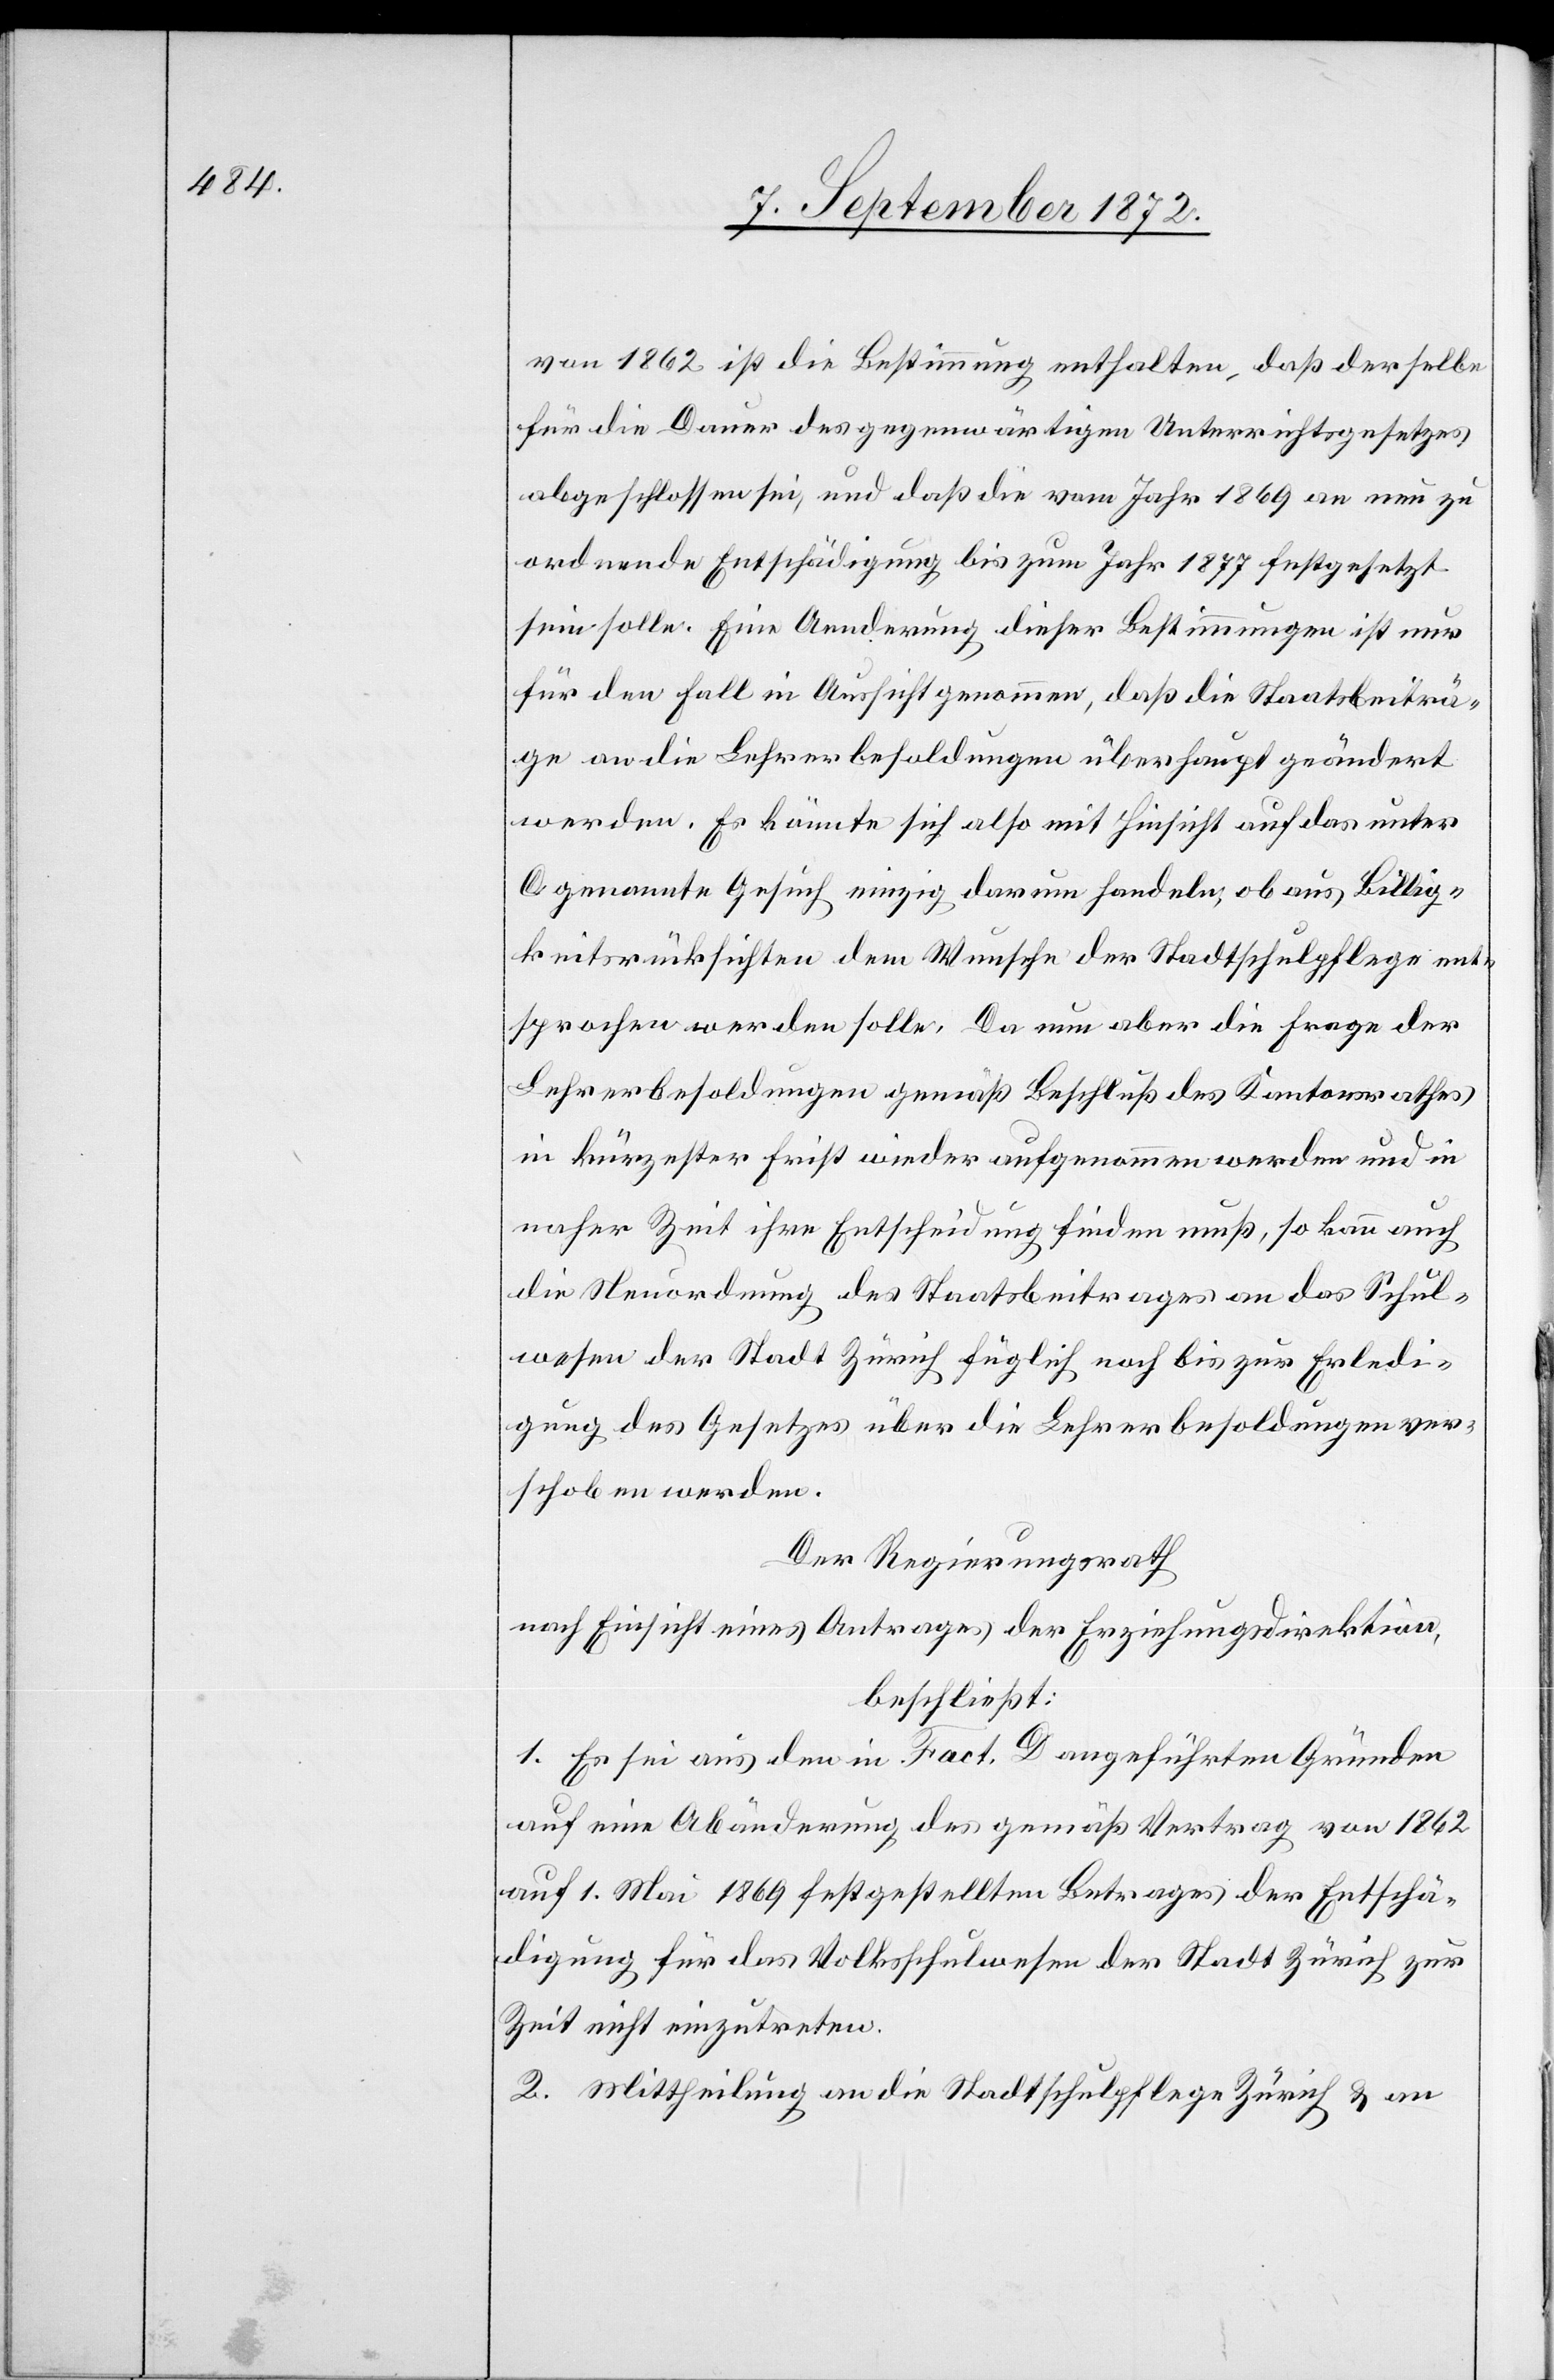
von 1862 ist die Bestimmung enthalten, daß derselbe
für die Dauer des gegenwärtigen Unterrichtsgesetzes
abgeschlossen sei, und daß die vom Jahr 1869 an neu zu
ordnende Entschädigung bis zum Jahr 1877 festgesetzt
sein solle. Eine Aenderung dieser Bestimmungen ist nur
für den Fall in Aussicht genommen, daß die Staatsbeiträ¬
ge an die Lehrerbesoldungen überhaupt geändert
werden. Es könnte sich also mit Hinsicht auf das unter
C genannte Gesuch einzig darum handeln, ob aus Billig¬
keitsrücksichten dem Wunsche der Stadtschulpflege ent¬
sprochen werden solle. Da nun aber die Frage der
Lehrerbesoldungen gemäß Beschluß des Kantonsrathes
in kürzester Frist wieder aufgenommen werden und in
naher Zeit ihre Entscheidung finden muß, so kann auch
die Neuordnung des Staatsbeitrages an das Schul¬
wesen der Stadt Zürich füglich noch bis zur Erledi¬
gung des Gesetzes über die Lehrerbesoldungen ver¬
schoben werden.
Der Regierungsrath
nach Einsicht eines Antrages der Erziehungsdirektion,
beschließt:
1. Es sei aus den in Fact. D angeführten Gründen
auf eine Abänderung des gemäß Vertrag von 1862
auf 1. Mai 1869 festgestellten Betrages der Entschä¬
digung für das Volksschulwesen der Stadt Zürich zur
Zeit nicht einzutreten.
2. Mittheilung an die Stadtschulpflege Zürich u. an